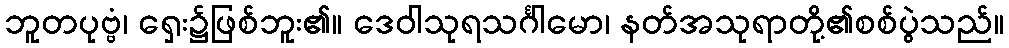
ဘူတပုဗ္ဗံ၊ ရှေး၌ဖြစ်ဘူး၏။ ဒေဝါသုရသင်္ဂါမော၊ နတ်အသုရာတို့၏စစ်ပွဲသည်။